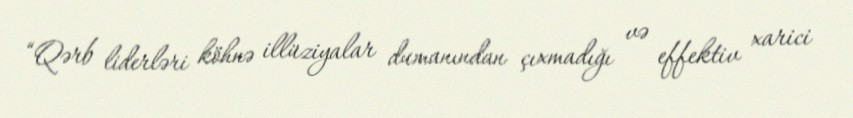
“Qərb liderləri köhnə illüziyalar dumanından çıxmadığı və effektiv xarici